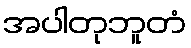
အပါတုဘူတံ